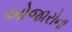
ઓજારોના